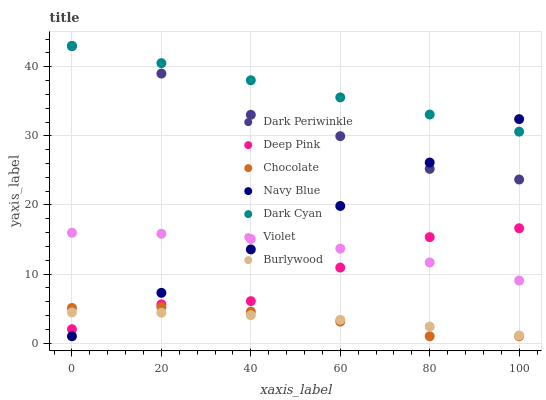
| xaxis_label | Dark Periwinkle | Deep Pink | Chocolate | Navy Blue | Dark Cyan | Violet | Burlywood |
 | --- | --- | --- | --- | --- | --- | --- | --- |
 | 0 | 43 | 2.02 | 5.09 | 1 | 43 | 16 | 4.45 |
 | 20 | 39 | 5.62 | 5.22 | 7.28 | 40.5 | 15.8 | 4.4 |
 | 40 | 33 | 6.08 | 4.57 | 13.6 | 38 | 15.1 | 4.04 |
 | 60 | 30 | 10.9 | 3.12 | 19.9 | 35.6 | 13.7 | 3.37 |
 | 80 | 25.2 | 15.3 | 1 | 26.1 | 33.1 | 11.7 | 2.4 |
 | 100 | 23.7 | 16.6 | 1 | 32.4 | 30.6 | 9.06 | 1.11 |